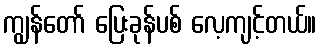
ကျွန်တော် ပြေးခုန်ပစ် လေ့ကျင့်တယ်။